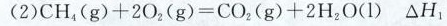
(2)$$C H _ { 4 } ( g ) + 2 O _ { 2 } ( g ) = C O _ { 2 } ( g ) + 2 H _ { 2 } O ( l ) △ H _ { 1 }$$